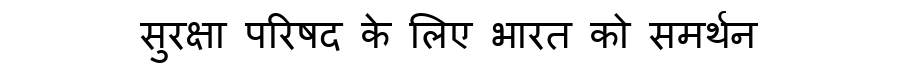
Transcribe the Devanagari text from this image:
सुरक्षा परिषद के लिए भारत को समर्थन